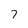
Character: 7